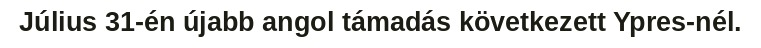
Július 31-én újabb angol támadás következett Ypres-nél.